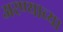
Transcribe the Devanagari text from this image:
अरण्याच्या